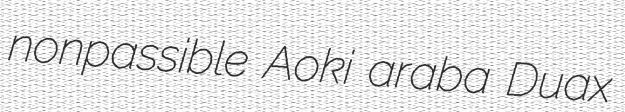
nonpassible Aoki araba Duax